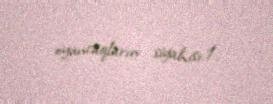
oyuncaqların siyahısı:1.